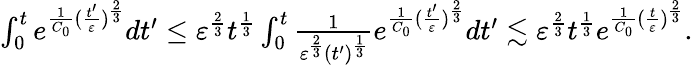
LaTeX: \begin{array}{r}{\int_{0}^{t}e^{\frac{1}{C_{0}}(\frac{t^{\prime}}{\varepsilon})^{\frac{2}{3}}}dt^{\prime}\leq\varepsilon^{\frac{2}{3}}t^{\frac{1}{3}}\int_{0}^{t}\frac{1}{\varepsilon^{\frac{2}{3}}(t^{\prime})^{\frac{1}{3}}}e^{\frac{1}{C_{0}}(\frac{t^{\prime}}{\varepsilon})^{\frac{2}{3}}}dt^{\prime}\lesssim\varepsilon^{\frac{2}{3}}t^{\frac{1}{3}}e^{\frac{1}{C_{0}}(\frac{t}{\varepsilon})^{\frac{2}{3}}}.}\end{array}